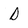
Character: D